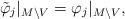
LaTeX: \begin{align*}\tilde \varphi_j|_{M \setminus V} = \varphi_j|_{M \setminus V},\end{align*}